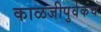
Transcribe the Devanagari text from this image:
काळजीपुर्वकच